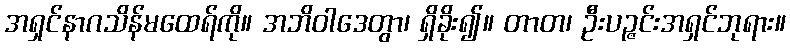
အရှင်နာဂသိန်မထေရ်ကို။ အဘိဝါဒေတွာ၊ ရှိခိုး၍။ တာတ၊ ဦးပဉ္ဇင်းအရှင်ဘုရား။